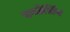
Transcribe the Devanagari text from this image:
एम्ब्रेसिंग